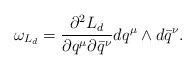
\begin{align*}\omega_{L_d} = \frac{\partial^2 L_d}{\partial q^\mu \partial \bar q^\nu} dq^\mu \wedge d\bar q^\nu. \end{align*}